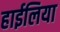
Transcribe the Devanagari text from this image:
हाईलिया